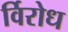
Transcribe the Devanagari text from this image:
र्विरोध